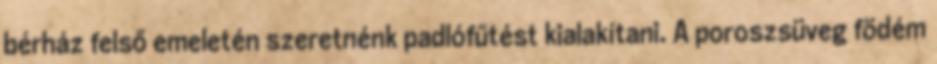
bérház felső emeletén szeretnénk padlófűtést kialakítani. A poroszsüveg födém